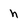
Character: n